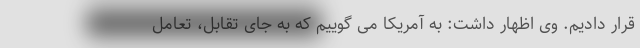
قرار دادیم. وی اظهار داشت: به آمریکا می گوییم که به جای تقابل، تعامل